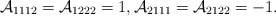
\begin{align*}\mathcal{A}_{1112}=\mathcal{A}_{1222}=1, \mathcal{A}_{2111}=\mathcal{A}_{2122}=-1.\end{align*}